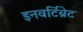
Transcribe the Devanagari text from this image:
इनवर्टिब्रेट